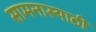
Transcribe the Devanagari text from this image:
सामनास्याठी